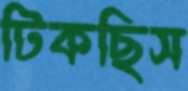
টিকছিস